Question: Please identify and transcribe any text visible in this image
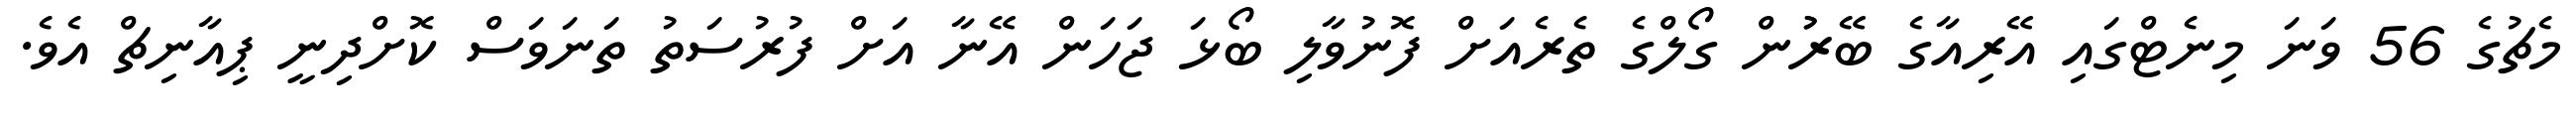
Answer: މެޗުގެ 56 ވަނަ މިނެޓްގައި އޭރިއާގެ ބޭރުުން ގޯލްގެ ތެރެއަށް ފޮނުވާލި ބޯޅަ ޖަހަން އޭނާ އަށް ފުރުސަތު ތަނަވަސް ކޮށްދިނީ ޕިއާނިޗް އެވެ.